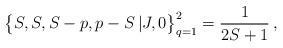
LaTeX: \begin{align*} \bigl\{ S , S , S-p , p-S \,| J , 0 \bigr\}_{q=1}^2 = \frac{1}{ 2S+1} \,, \end{align*}